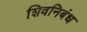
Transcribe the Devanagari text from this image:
शिवनिबंध